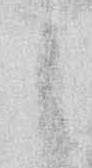
ま